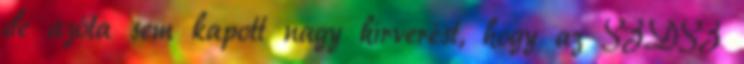
de azóta sem kapott nagy hírverést, hogy az SZDSZ